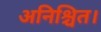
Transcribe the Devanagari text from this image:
अनिश्चित।